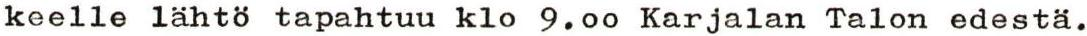
keelle lähtö tapahtuu klo 9.00 Karjalan Talon edestä.